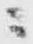
ニ